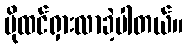
ပိုထင်ရှားလာခဲ့ပါတယ်။